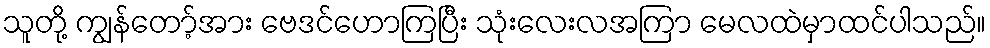
သူတို့ ကျွန်တော့်အား ဗေဒင်ဟောကြပြီး သုံးလေးလအကြာ မေလထဲမှာထင်ပါသည်။